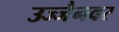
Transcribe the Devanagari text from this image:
उज्जैनवर